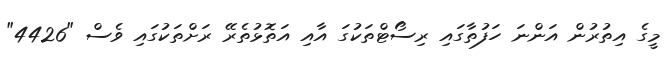
މީގެ އިތުރުން އަންނަ ހަފުތާގައި ރިސޯޓްތަކުގަ އާއި އަތޮޅުތެރޭ ރަށްތަކުގައި ވެސް "4426"